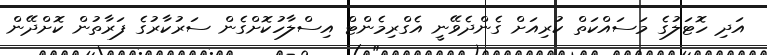
އަދި ހޮޓަލުގެ މަސައްކަތް ކުރިއަށް ގެންދެވޭނީ އެގްރިމެންޓް އިސްލާހުކޮށްގެން ސަރުކާރުގެ ފަރާތުން ކޮށްދޭން